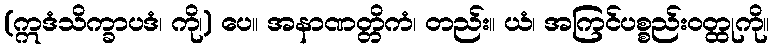
(ဣဒံသိက္ခာပဒံ၊ ကို၊) ပေ။ အနာဏတ္တိကံ၊ တည်း။ ယံ၊ အကြင်ပစ္စည်းဝတ္ထုကို။